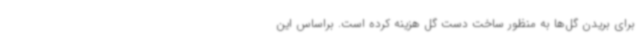
برای بریدن گل‌ها به منظور ساخت دست گل هزینه کرده است. براساس این